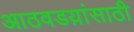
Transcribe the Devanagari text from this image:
आठवडय़ांसाठी